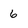
Character: 6